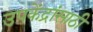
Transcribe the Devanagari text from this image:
उपकेंद्रांसाठी